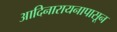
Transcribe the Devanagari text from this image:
आदिनारायनापासून